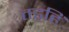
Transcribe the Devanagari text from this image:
तड॒हिं